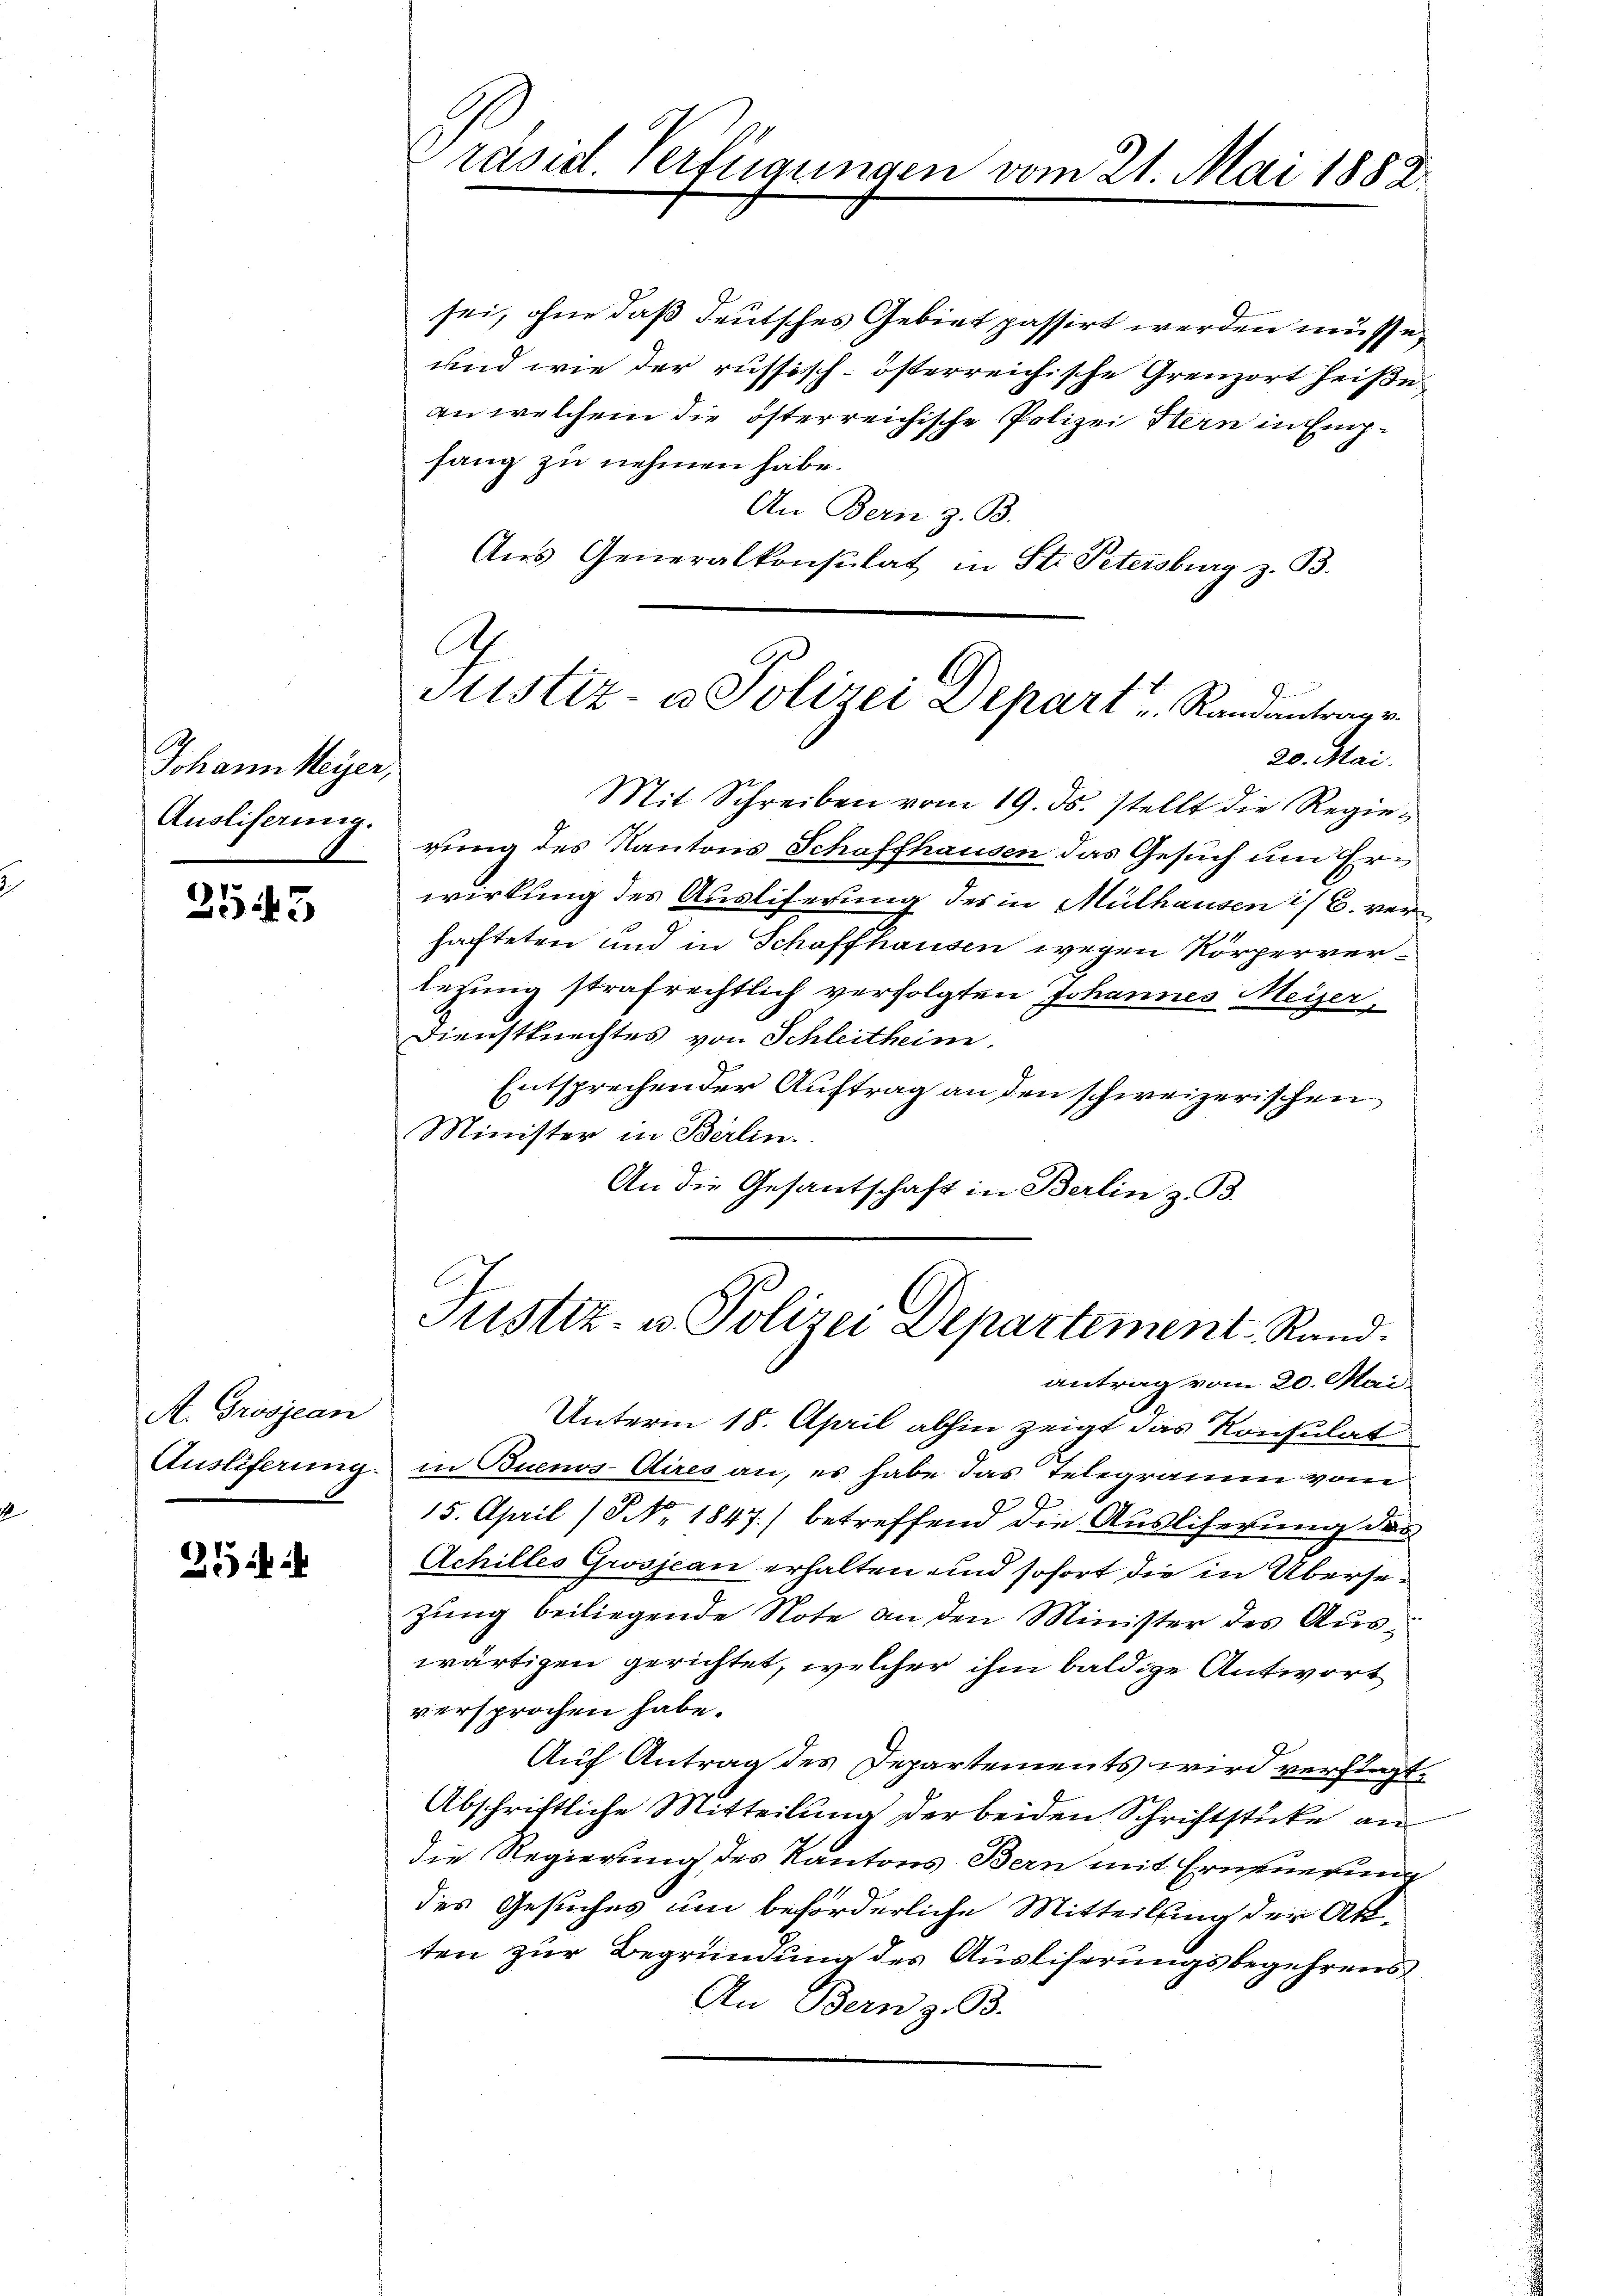
Johann Meyer,
Ausliserung.

2543

A. Grosjean
Auslieferung

21 f 4

räsid. Verfügungen vom 21. Mai 1882

sei, ohne daß deutsches Gebiet passirt werden müsse,
und wie der russisch-österreichische Grenzort heiße.
an welchem die österreichische Polizei Hern in Empfang zu nehmen habe.
An Bern z. B.
Aus Generalkonsulat in St. Petersburg z. B.
Mit Schreiben vom 19. ds. stellt die Regierung des Kantons Schaffhausen das Gesuch um Erwirkung des Ausliferung des in Mülhausen i/B. von
hafteten und in Schaffhausen wegen Körpervertezung strafrechtlich verfolgten Johannes Meyer¬
Dienstknechtes von Schleitheim.
Entsprechen der Auftrag an den schweizerischen
Minister in Berlin.
An die Gesantschaft in Berlin z. B.

Justiz- u Polizei Depart u. Randanterre
20. Mai.

Unterm 18. April abhin zeigt das Konsulat
in Buenos-Aires an, es habe das Telegramm vom
15. April (NNo. 1847) betreffend die Ausliferung des
Achilles Grosjean erhalten und sofort die in Übersezung beiliegende Note an den Minister des Auswärtigen gerichtet, welcher ihm baldige Antwort
versprochen habe.
Auf Antrag des Departements wird verfügt.
Abschriftliche Mitteilung der beiden Schriftstücke an
die Regierung des Kantons Bern mit Erneuerung
des Gesuches um beförderliche Mitteilung der Akten zur Begründung des Ausliferungsbegehrens
An Bern z. B.

Justiz- u. Polizei Departement Rand.
antrag vom 20. Mai.